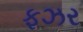
ફઝર